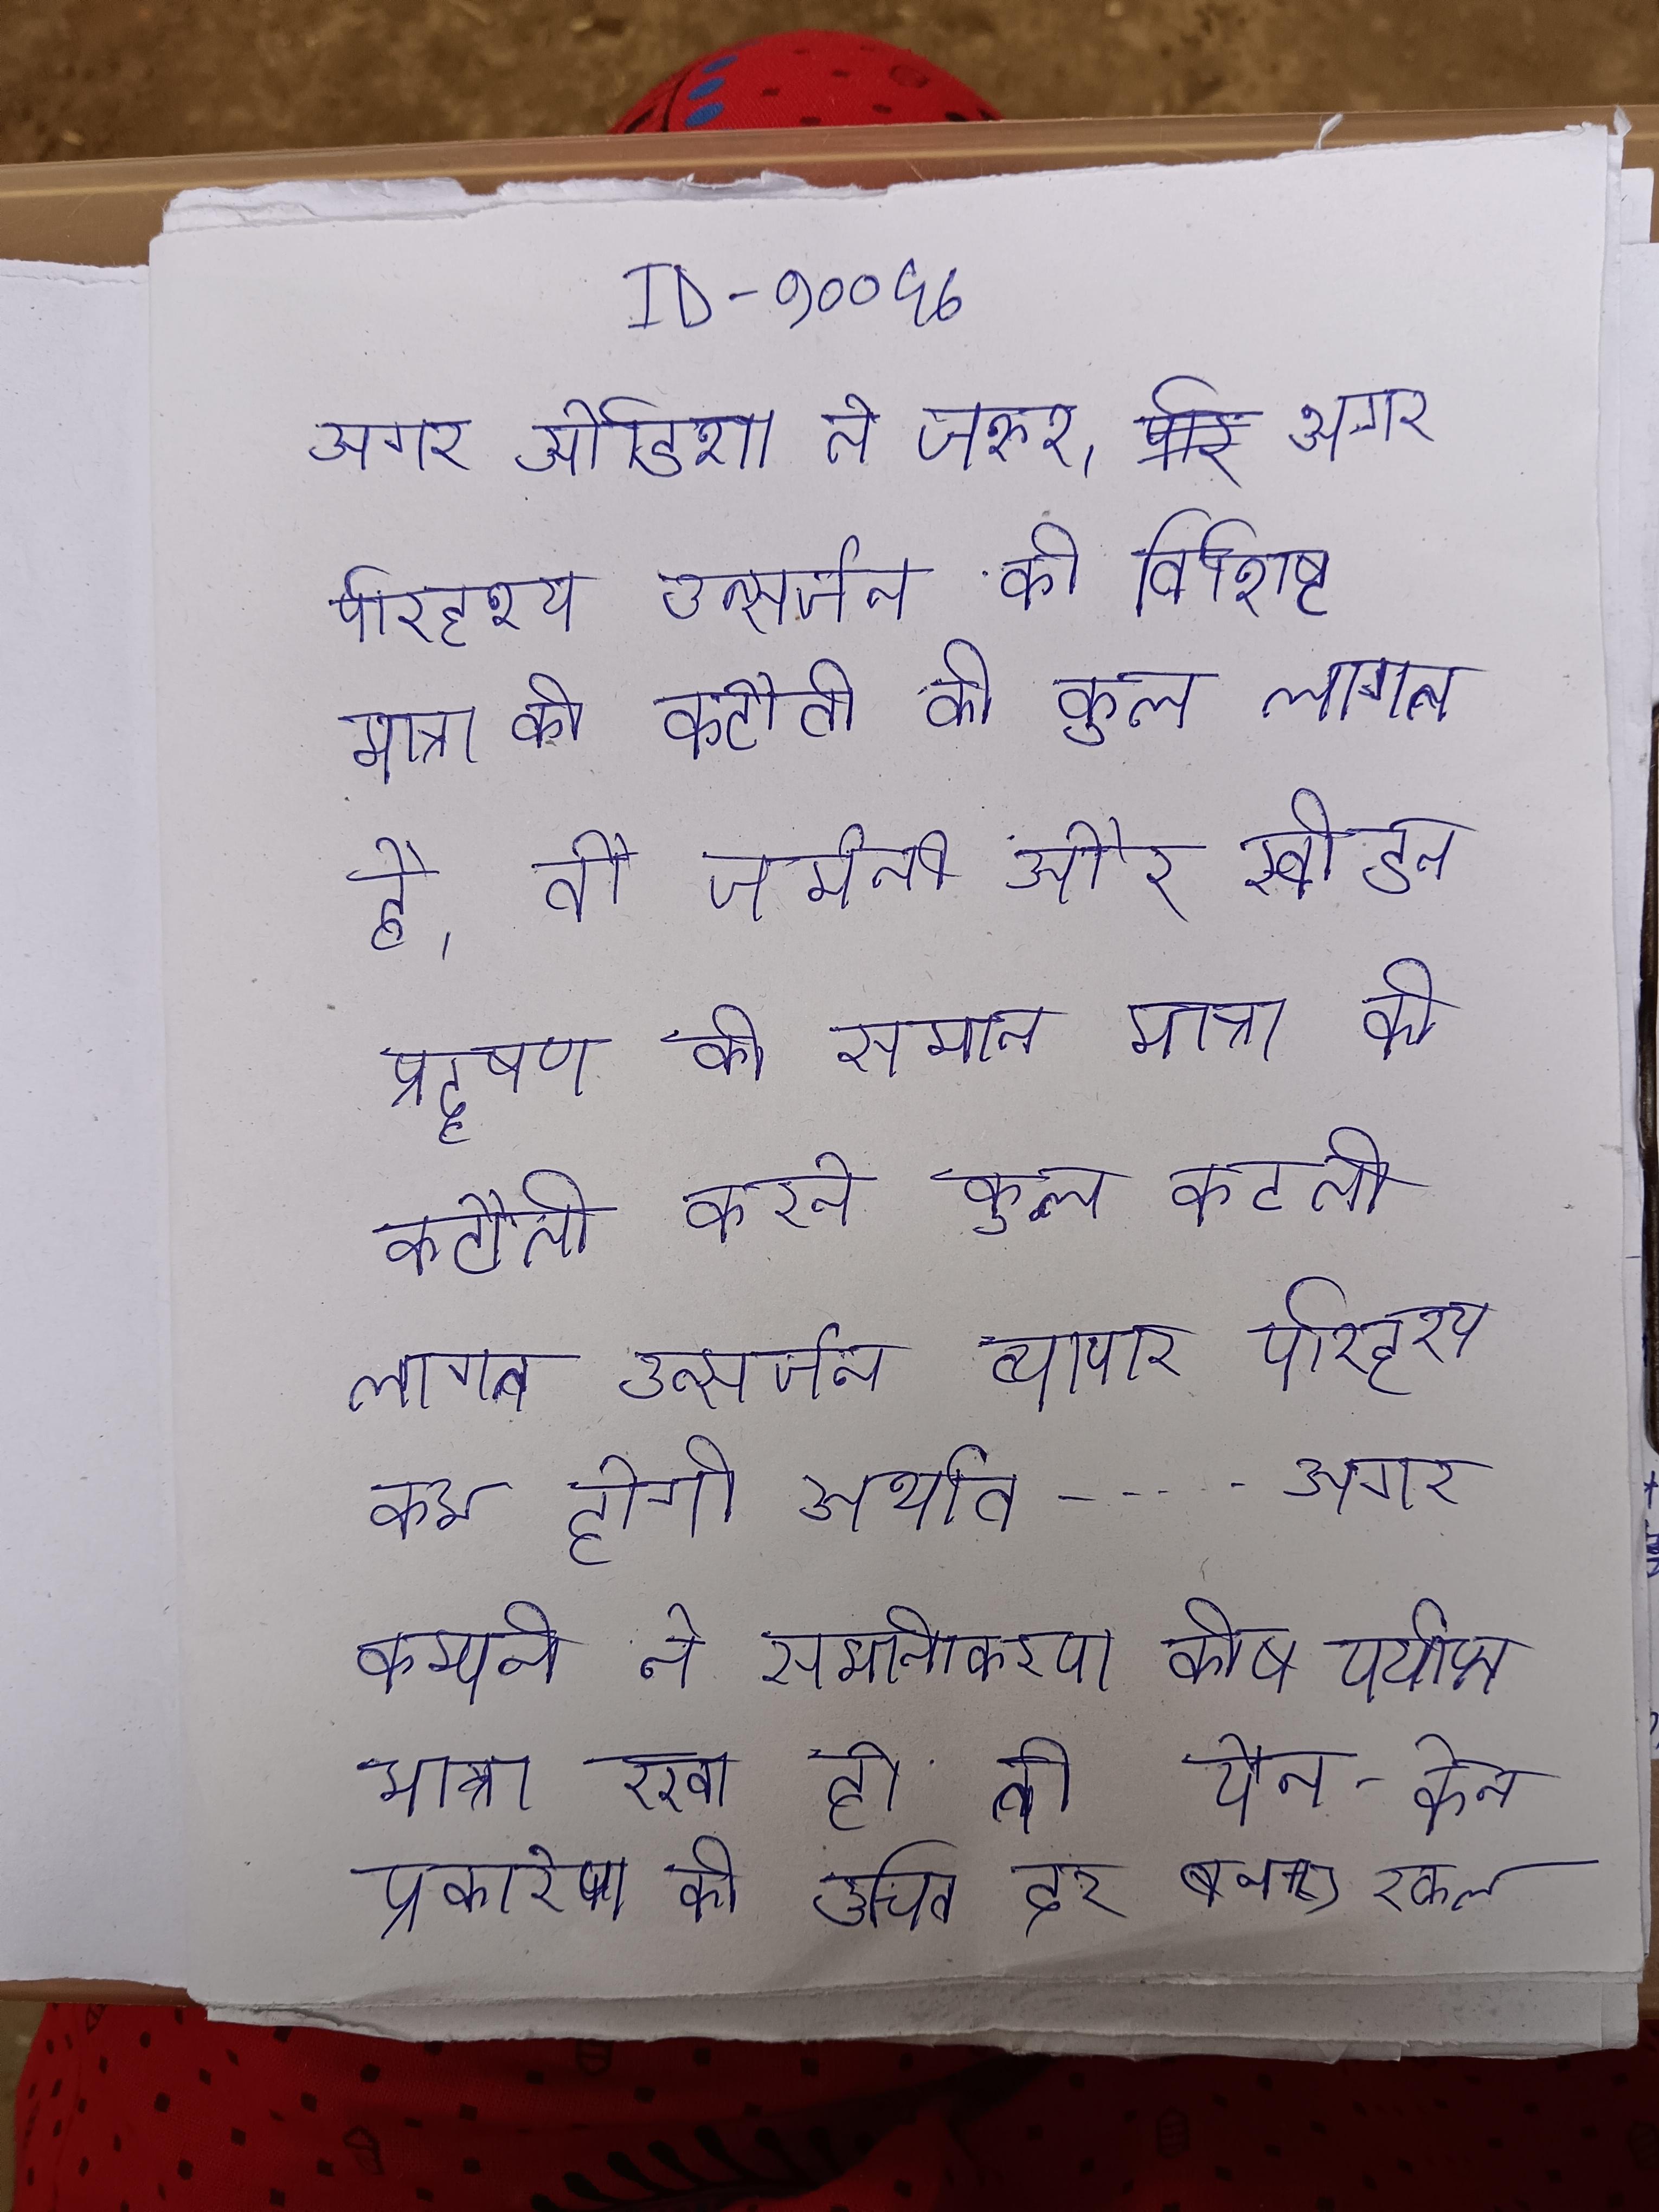
अगर ओडिशा तो जरुर । अगर परिदृश्य उत्सर्जन की विशिष्ट मात्रा की कटौती की कुल लागत है, तो जर्मनी और स्वीडन प्रदूषण की समान मात्रा की कटौती करने कुल कटती लागत उत्सर्जन व्यापार परिदृश्य कम होगी अर्थात - - . अगर कम्पनी ने समानीकरण कोष पर्याप्त मात्रा रखा हो तो येन-केन प्रकारेण की उचित दर बनाए रखने सफल हो जाती ।